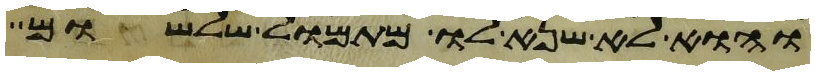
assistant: והוא לא שנא לו מתמול שלשום